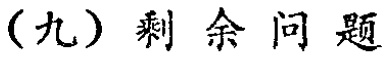
（九）剩余问题